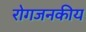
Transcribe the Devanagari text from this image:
रोगजनकीय